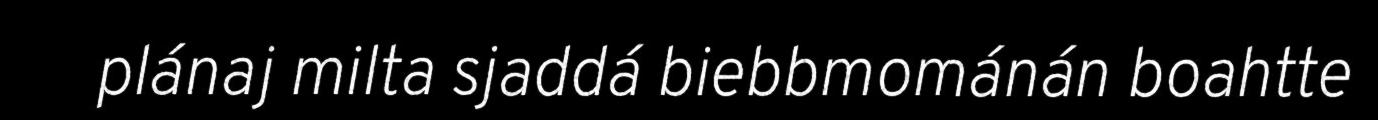
plánaj milta sjaddá biebbmománán boahtte